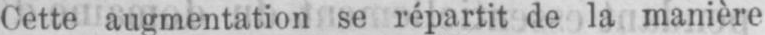
Cette augmentation se répartit de la manière